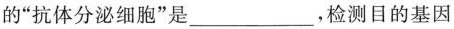
的”抗体分泌细胞”是___，检测目的基因